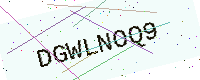
Text: DGWLNOQ9